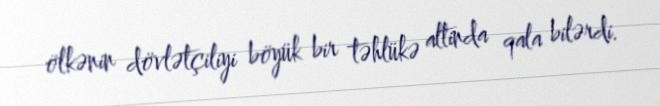
ölkənin dövlətçiliyi böyük bir təhlükə altinda qala bilərdi.